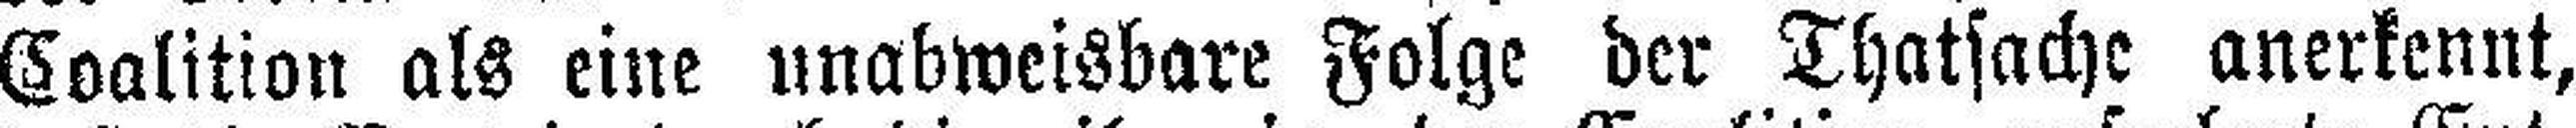
Coalition als eine unabweisbare Folge der Thatsache anerkennt,